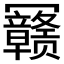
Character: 𰃳